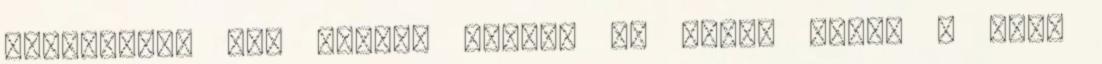
fegyverrel nem képes. Madame L. feje, mikor a tanú